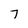
Character: 7